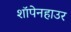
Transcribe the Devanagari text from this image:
शॉपेनहाउर